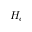
H _ { c }